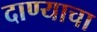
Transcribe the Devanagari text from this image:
दाण्याचा